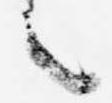
之